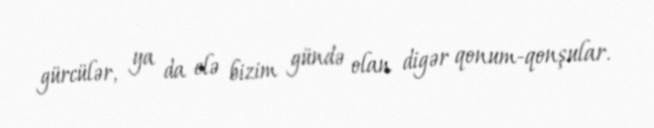
gürcülər, ya da elə bizim gündə olan digər qonum-qonşular.